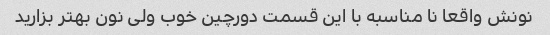
نونش واقعا نا مناسبه با این قسمت دورچین خوب ولی نون بهتر بزارید